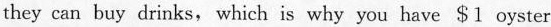
they can buy drinks, which is why you have S1 oyster